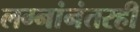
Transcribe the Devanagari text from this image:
लग्नांनंतरही